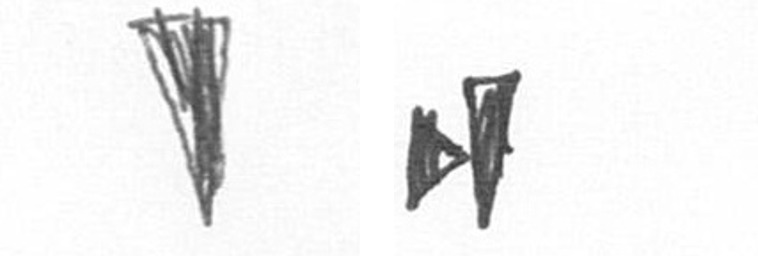
J M